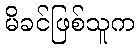
မိခင်ဖြစ်သူက